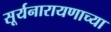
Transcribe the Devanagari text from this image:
सूर्यनारायणाच्या